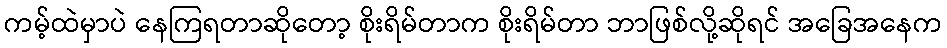
ကမ့်ထဲမှာပဲ နေကြရတာဆိုတော့ စိုးရိမ်တာက စိုးရိမ်တာ ဘာဖြစ်လို့ဆိုရင် အခြေအနေက